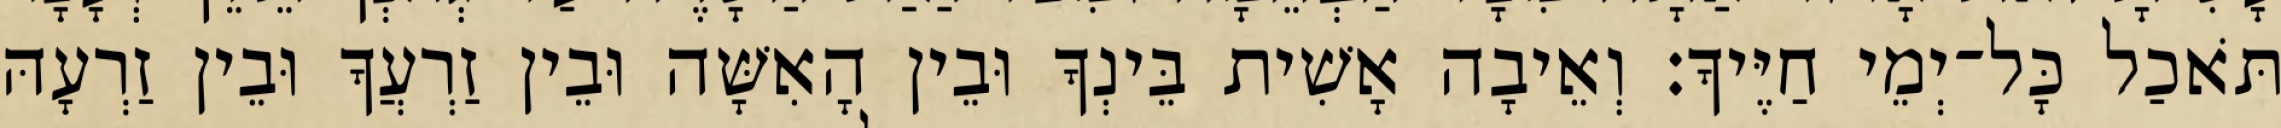
תֹּאכַל כָּל־יְמֵי חַיֶּיךָ׃ וְאֵיבָה אָשִׁית בֵּינְךָ וּבֵין הָאִשָּׁה וּבֵין זַרְעֲךָ וּבֵין זַרְעָהּ